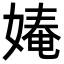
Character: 𭒎